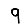
Digit: 9